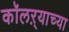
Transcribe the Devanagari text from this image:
कॉलऱ्याच्या